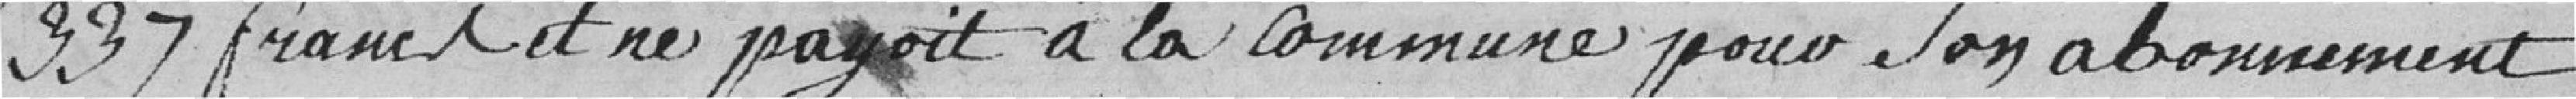
337 francs et ne payait à la Commune pour son abonnement